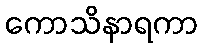
ကောသိနာရကာ